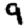
Digit: 9